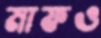
মাফও